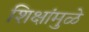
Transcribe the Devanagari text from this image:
शिक्षांमुळे